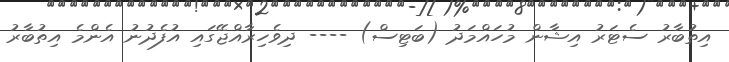
އިތުބާރު ސެޓަރު އިޝާން މުހައްމަދު (ބަޓިސް) ---- ދިވެހިރާއްޖޭގައި އުފެދުނު އެންމެ އިތުބާރު